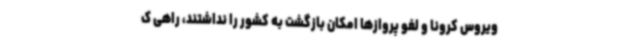
ویروس کرونا و لغو پروازها امکان بازگشت به کشور را نداشتند، راهی ک